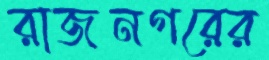
রাজনগরের